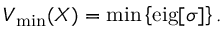
V _ { \mathrm { m i n } } ( X ) = \mathrm { m i n } \left\{ \mathrm { e i g } [ \sigma ] \right\} .